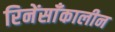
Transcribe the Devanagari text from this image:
रिनेंसाँकालीन